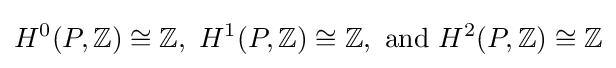
H^{0}(P,\mathbb {Z} )\cong \mathbb {Z} ,\ H^{1}(P,\mathbb {Z} )\cong \mathbb {Z} ,\ {\text{and}}\ H^{2}(P,\mathbb {Z} )\cong \mathbb {Z}